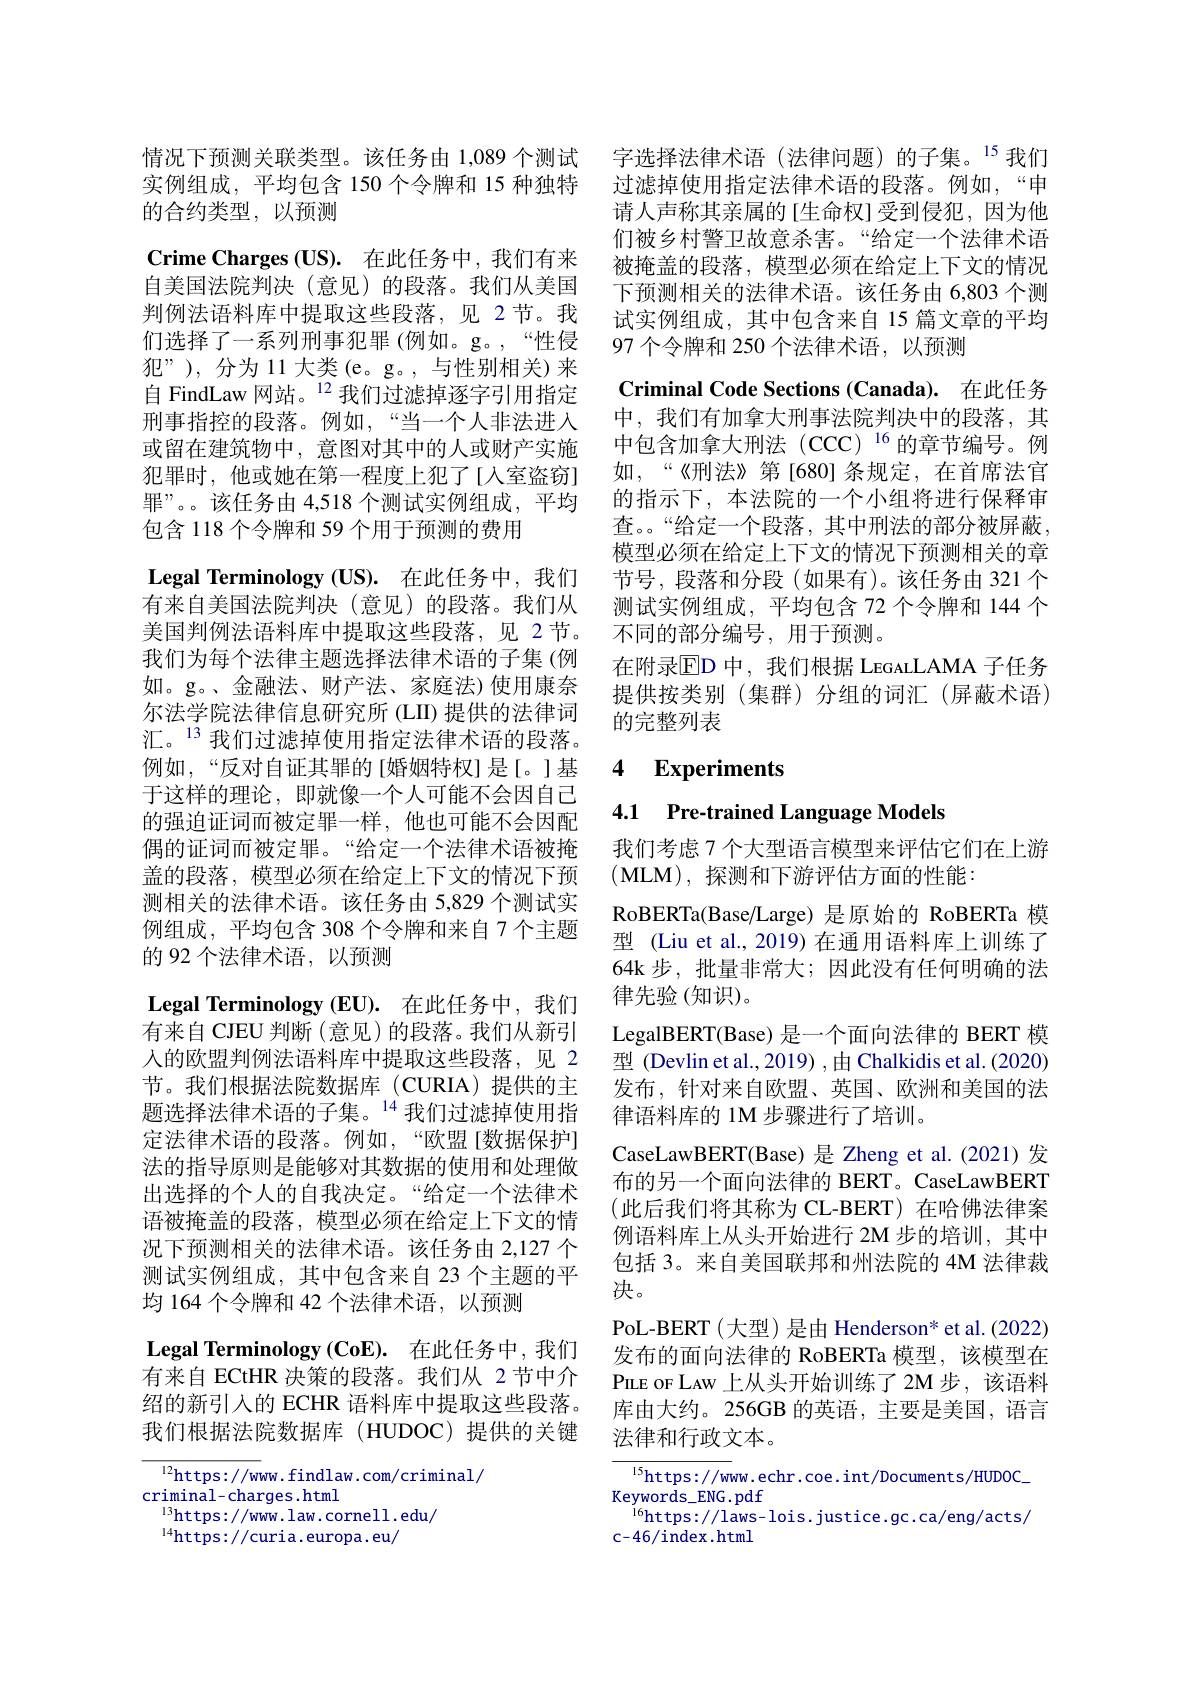
实例组成，平均包含 150 个令牌和 15 种独特
的合约类型，以预测
$\textbf{Crime Charges ( US) . }$在此任务中，我们有来自美国法院判决(意见)的段落。我们从美国判例法语料库中提取这些段落，见 2节。我们选择了一系列刑事犯罪(例如。g。,“性侵犯”), 分为 11 大类 (e。g。, 与性别相关) 来自 FindLaw 网站。$^{12}$我们过滤掉逐字引用指定刑事指控的段落。例如，“当一个人非法进入或留在建筑物中，意图对其中的人或财产实施犯罪时，他或她在第一程度上犯了[入室盗窃] 罪”。该任务由 4,518 个测试实例组成，平均包含 118 个令牌和 59 个用于预测的费用
$\textbf{Legal Terminology( US) . }$在此任务中，我们有来自美国法院判决(意见)的段落。我们从美国判例法语料库中提取这些段落，见 2节。我们为每个法律主题选择法律术语的子集(例如。g。、金融法、财产法、家庭法)使用康奈尔法学院法律信息研究所 (LII) 提供的法律词汇。$^{13}$我们过滤掉使用指定法律术语的段落。例如，“反对自证其罪的[婚姻特权]是[。]基于这样的理论，即就像一个人可能不会因自己的强迫证词而被定罪一样，他也可能不会因配偶的证词而被定罪。“给定一个法律术语被掩盖的段落，模型必须在给定上下文的情况下预测相关的法律术语。该任务由 5,829 个测试实例组成，平均包含 308 个令牌和来自 7 个主题的 92 个法律术语，以预测
$\textbf{Legal Terminology ( EU) . }$在此任务中，我们有来自 CJEU 判断(意见)的段落。我们从新引人的欧盟判例法语料库中提取这些段落，见 2节。我们根据法院数据库(CURIA)提供的主题选择法律术语的子集。$^{14}$我们过滤掉使用指定法律术语的段落。例如，“欧盟[数据保护] 法的指导原则是能够对其数据的使用和处理做出选择的个人的自我决定。“给定一个法律术语被掩盖的段落，模型必须在给定上下文的情况下预测相关的法律术语。该任务由 2,127 个测试实例组成，其中包含来自 23 个主题的平均 164 个令牌和 42 个法律术语，以预测
$\textbf{Legal Terminology}\left ( \mathbf{CoE}\right ) .$ 在此任务中，我们有来自 ECtHR 决策的段落。我们从 2 节中介绍的新引人的 ECHR 语料库中提取这些段落。我们根据法院数据库(HUDOC)提供的关键$^{12}$https://www.findlaw.com/criminal/

criminal-charges.html
$^{13}$https://www.law.cornell.edu/
$^{14}$https://curia.europa.eu/

情况下预测关联类型。该任务由 1,089 个测试 字选择法律术语(法律问题)的子集。$^{15}$我们
过滤掉使用指定法律术语的段落。例如，“申请人声称其亲属的[生命权]受到侵犯，因为他们被乡村警卫故意杀害。“给定一个法律术语被掩盖的段落，模型必须在给定上下文的情况下预测相关的法律术语。该任务由 6,803 个测试实例组成，其中包含来自 15 篇文章的平均97 个令牌和 250 个法律术语，以预测
Criminal Code Sections (Canada). 在此任务中，我们有加拿大刑事法院判决中的段落，其$中包含加拿大刑法(CCC)^{16}的章节编号。例$ 如，“《刑法》第[680] 条规定，在首席法官的指示下，本法院的一个小组将进行保释审查。“给定一个段落，其中刑法的部分被屏蔽， 模型必须在给定上下文的情况下预测相关的章节号，段落和分段(如果有)。该任务由 321 个测试实例组成，平均包含 72 个令牌和 144 个不同的部分编号，用于预测。
在附录$\operatorname{ED}$ 中，我们根据 LeGALAMA 子任务提供按类别(集群)分组的词汇(屏蔽术语) 的完整列表

### 4 $\textbf{Experiments}$

4.1 Pre-trained Language Models

我们考虑 7 个大型语言模型来评估它们在上游
(MLM), 探测和下游评估方面的性能：
RoBERTa(Base/Large) 是原始的 RoBERTa 模型 (Liu et al., 2019) 在通用语料库上训练了64k步，批量非常大；因此没有任何明确的法律先验(知识)。
LegalBERT(Base) 是一个面向法律的 BERT 模型 (Devlin et al.,2019) ,由 Chalkidis et al. (2020) 发布，针对来自欧盟、英国、欧洲和美国的法律语料库的 1M 步骤进行了培训。
CaseLawBERT(Base) 是 Zheng et al.(2021)发布的另一个面向法律的 BERT。CaseLawBERT (此后我们将其称为 CL-BERT)在哈佛法律案例语料库上从头开始进行 2M 步的培训，其中包括 3。来自美国联邦和州法院的 4M 法律裁决。
PoL-BERT(大型)是由 Henderson* et al.(2022) 发布的面向法律的 RoBERTa 模型，该模型在PLE oF LAW 上 从 头 开 始 训 练 了 2M 步 , 该 语 料 库由大约。256GB 的英语，主要是美国，语言法律和行政文本。
${\frac{15}{\mathrm{https://w}}}$ww.echr.coe.int/Documents/HUDOC\_

Keywor$\tilde{d}$s$\_$ENG. pdf
 i6https: / / laws- lois. justice. gc. ca/ eng/ acts/
$c-46/$index .html